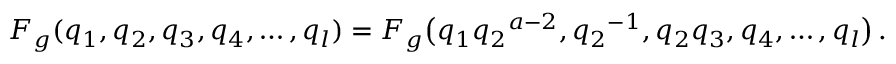
F _ { g } ( q _ { 1 } , q _ { 2 } , q _ { 3 } , q _ { 4 } , \ldots , q _ { l } ) = F _ { g } \bigl ( q _ { 1 } { q _ { 2 } } ^ { a - 2 } , { q _ { 2 } } ^ { - 1 } , q _ { 2 } q _ { 3 } , q _ { 4 } , \ldots , q _ { l } \bigr ) \, .